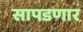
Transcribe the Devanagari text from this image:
सापडणार